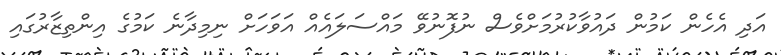
އަދި އެހެން ކަމުން ދައުވާކުރުމަށްވެސް ނުފޮނުވޭ މައްސަލައެއް އަވަހަށް ނިމިދާނެ ކަމުގެ އިންތިޒާރުގައި